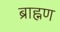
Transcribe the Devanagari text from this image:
ब्राह्नण